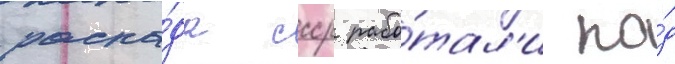
распа́да ссср рабо́тал'и по́д